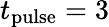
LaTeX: t_{\mathrm{pulse}}=3